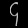
Digit: ၄